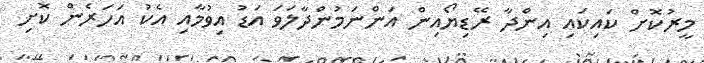
މީރުކޮށް ކައިކައި އިންދާ ރޭޑިޔޯއިން އަންނަމުންދާލަވަ އަޑު އިވުމާއި އެކު އަހަރެން ކޮށި